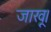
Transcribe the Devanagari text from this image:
जाखू।